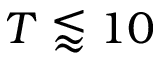
T \lessapprox 1 0